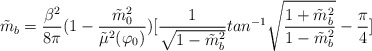
\begin{align*}\tilde{m}_b={\frac {\beta^2}{8\pi}} (1-{\frac {\tilde{m}_0^2}{\tilde{\mu}^2(\varphi_0)}}) [{\frac {1}{\sqrt{1-\tilde{m}_b^2}}} tan^{-1}\sqrt{{\frac {1+\tilde{m}_b^2}{1-\tilde{m}_b^2}}} -{\frac {\pi}{4}}]\end{align*}